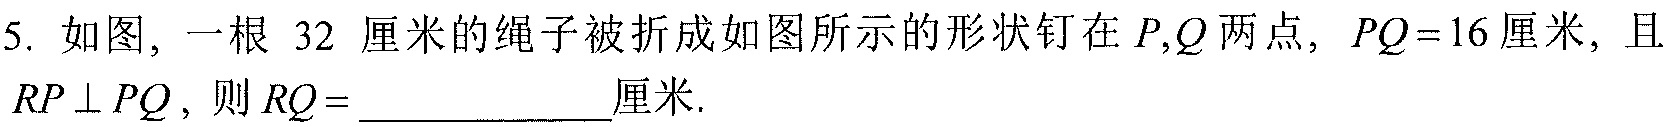
5. 如图，一根 \(32\) 厘米的绳子被折成如图所示的形状钉在 \(P,Q\)两点，\(PQ = 16\)厘米，且 \(RP\perp PQ\)，则 \(RQ=\)____________厘米.